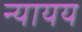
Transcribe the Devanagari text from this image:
न्यायय